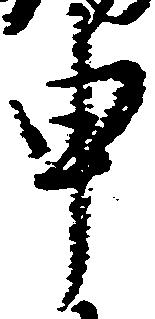
申